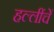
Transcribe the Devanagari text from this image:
हल्लींचें